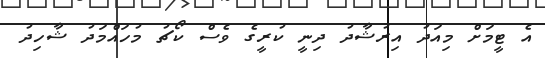
އެ ޓީމަށް މިއަދު އިރުޝާދު ދިނީ ކުރީގެ ވެސް ކޯޗު މުހައްމަދު ޝާހިދު